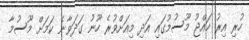
ހުރި އިރު ހައްޖު މޫސުމުގައި އަދި މިއަށްވުރެ ހޫނު ގަދަވާނެ ކަމަށް މޫސުމާ